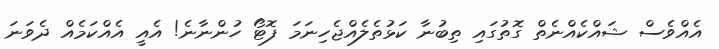
އެއްވެސް ޝައްކެއްނެތް ގޮތުގައި ތިބުނާ ކަޅުތެލެއްޖެހިނަމަ ފޮޓޯ ހުންނާނެ! އެއީ އެއްކަމެއް ދެވަނަ